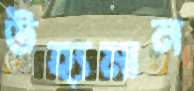
উহ্যমান